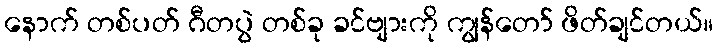
နောက် တစ်ပတ် ဂီတပွဲ တစ်ခု ခင်ဗျားကို ကျွန်တော် ဖိတ်ချင်တယ်။